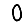
Digit: 0